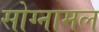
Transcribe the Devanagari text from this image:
सोग्नामल